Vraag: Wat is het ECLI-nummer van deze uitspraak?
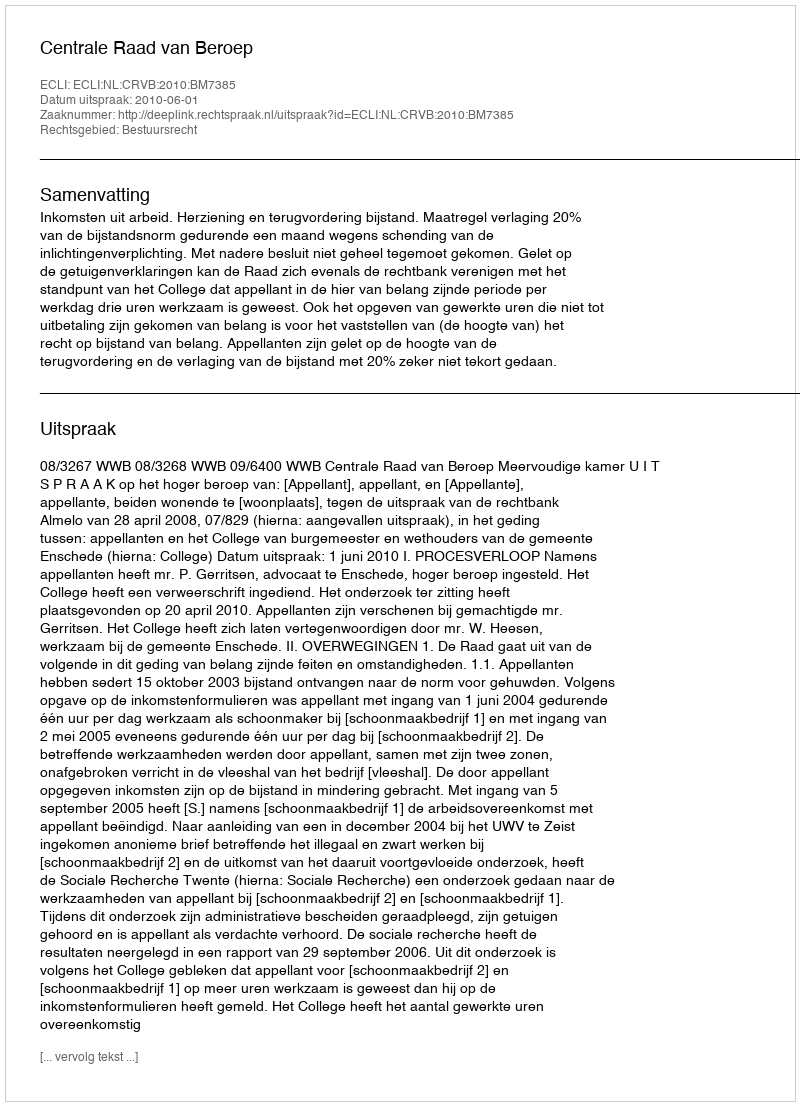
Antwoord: ECLI:NL:CRVB:2010:BM7385